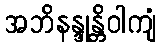
အဘိနန္ဒုန္တိဝါကျံ